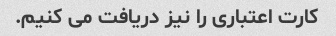
کارت اعتباری را نیز دریافت می کنیم.